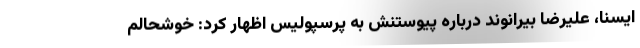
ایسنا، علیرضا بیرانوند درباره پیوستنش به پرسپولیس اظهار کرد: خوشحالم